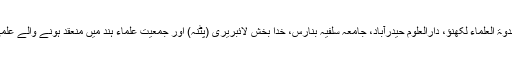
علی گڑھ مسلم یونیورسٹی، جامعہ ملیہ اسلامیہ، دارالعلوم دیوبند، ندوۃ العلماء لکھنؤ، دارالعلوم حیدرآباد، جامعہ سلفیہ بنارس، خدا بخش لائبریری (پٹنہ) اور جمعیت علماء ہند میں منعقد ہونے والے علمی سیمناروں میں آپ مکمل تیاری کے ساتھ شرکت فرماتے تھے۔